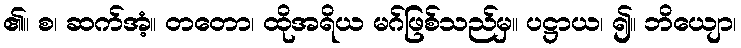
၏။ စ၊ ဆက်အံ့။ တတော၊ ထိုအရိယ မဂ်ဖြစ်သည်မှ။ ပဋ္ဌာယ၊ ၍။ ဘိယျော၊